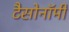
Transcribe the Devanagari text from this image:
टैसोनॉमी